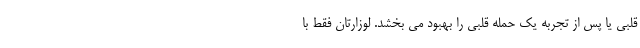
قلبی یا پس از تجربه یک حمله قلبی را بهبود می بخشد. لوزارتان فقط با